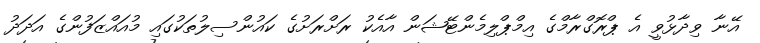
އޭނާ ވިދާޅުވީ އެ ޕްރޮގްރާމްގެ އިމްޕްލިމެންޓޭޝަން އާއެކު ރަށްރަށުގެ ކައުންސިލުތަކުގައި މުއައްޒަފުންގެ އަދަދު